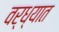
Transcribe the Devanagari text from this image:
वर्ध्यात